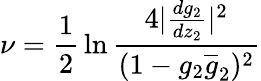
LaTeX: \nu={\frac{1}{2}}\ln\frac{4|\frac{dg_{2}}{dz_{2}}|^{2}}{(1-g_{2}\overline{{g}}_{2})^{2}}